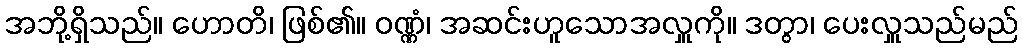
အဘို့ရှိသည်။ ဟောတိ၊ ဖြစ်၏။ ဝဏ္ဏံ၊ အဆင်းဟူသောအလှူကို။ ဒတွာ၊ ပေးလှူသည်မည်